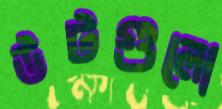
উটগুলো